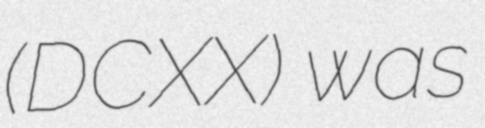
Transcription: (DCXX) was